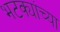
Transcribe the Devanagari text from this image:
भटक्यांच्या